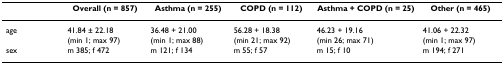
|  | Overall (n = 857) | Asthma (n = 255) | COPD (n = 112) | Asthma + COPD (n = 25) | Other (n = 465) |
 | --- | --- | --- | --- | --- | --- |
 | age | 41.84 ± 22.18(min 1; max 97) | 36.48 + 21.00(min 1; max 88) | 56.28 + 18.38(min 21; max 92) | 46.23 + 19.16(min 26; max 71) | 41.06 + 22.32(min 1; max 97) |
 | sex | m 385; f 472 | m 121; f 134 | m 55; f 57 | m 15; f 10 | m 194; f 271 |